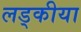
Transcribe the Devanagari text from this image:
लड्कीया